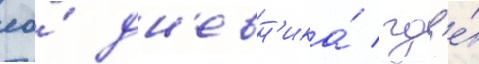
ео́ дн'евн'ика́ / гд'е́